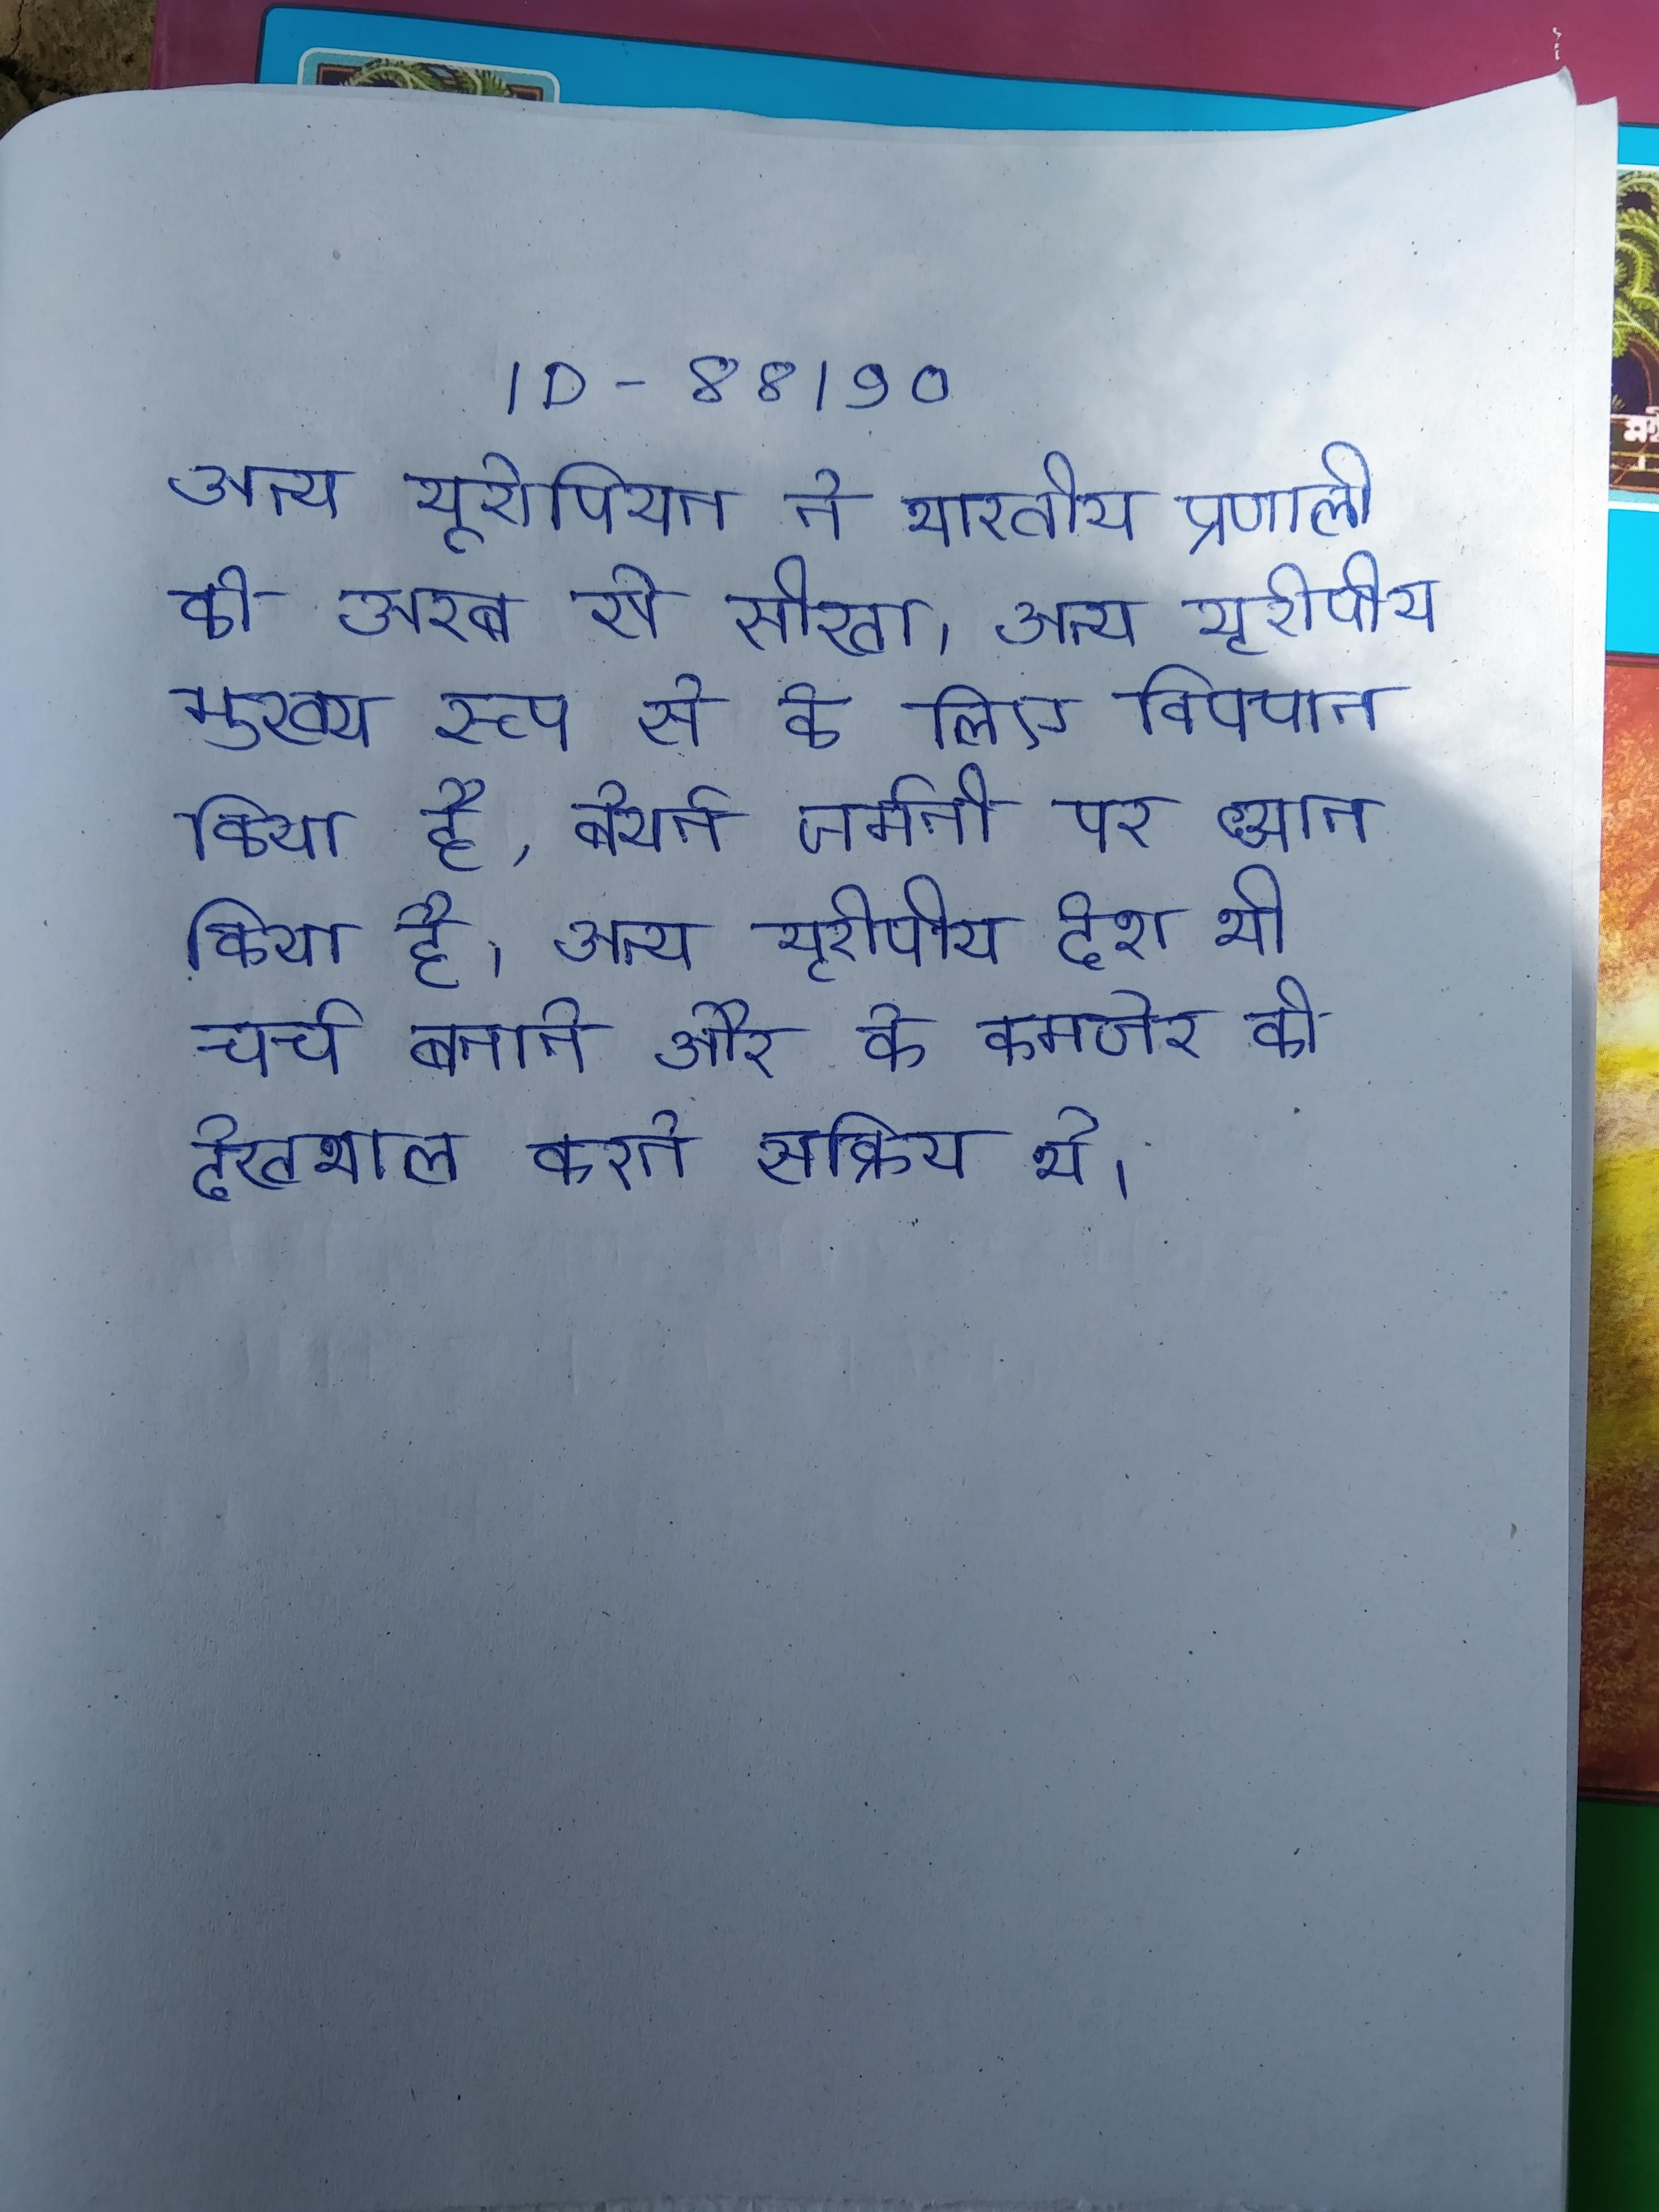
अन्य यूरोपियन ने भारतीय प्रणाली को अरब से सीखा । अन्य यूरोपीय मुख्य रूप से के लिए विपणन किया है, बेयर्न जर्मनी पर ध्यान किया है । अन्य यूरोपीय देश भी चर्च बनाने और के कमजोर की देखभाल करने सक्रिय थे ।